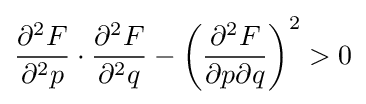
{\frac {\partial ^{2}F}{\partial ^{2}p}}\cdot {\frac {\partial ^{2}F}{\partial ^{2}q}}-\left({\frac {\partial ^{2}F}{{\partial p}{\partial q}}}\right)^{2}>0